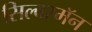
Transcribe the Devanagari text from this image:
सिल्वरमॅन